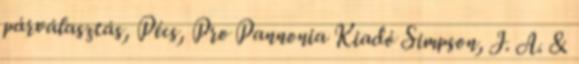
párválasztás, Pécs, Pro Pannonia Kiadó Simpson, J. A. &